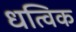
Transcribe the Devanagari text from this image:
धत्विक